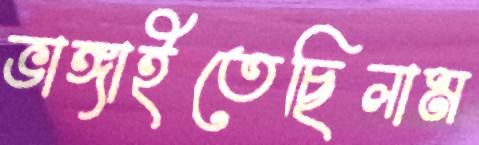
ভাঙ্গাইতেছিলাম